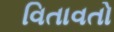
વિતાવતો